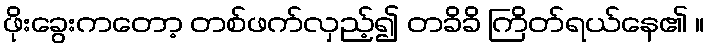
ဖိုးခွေးကတော့ တစ်ဖက်လှည့်၍ တခိခိ ကြိတ်ရယ်နေ၏ ။